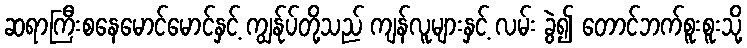
ဆရာကြီးစနေမောင်မောင်နှင့် ကျွန်ုပ်တို့သည် ကျန်လူများနှင့် လမ်း ခွဲ၍ တောင်ဘက်စူးစူးသို့